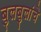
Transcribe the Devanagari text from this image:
बुलबुलांचे